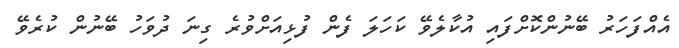
އެއްފަހަރު ބޭނުންކޮށްފައި އުކާލެވޭ ކަހަލަ ފެން ފުޅިއަށްވުރެ ގިނަ ދުވަހު ބޭނުން ކުރެވޭ